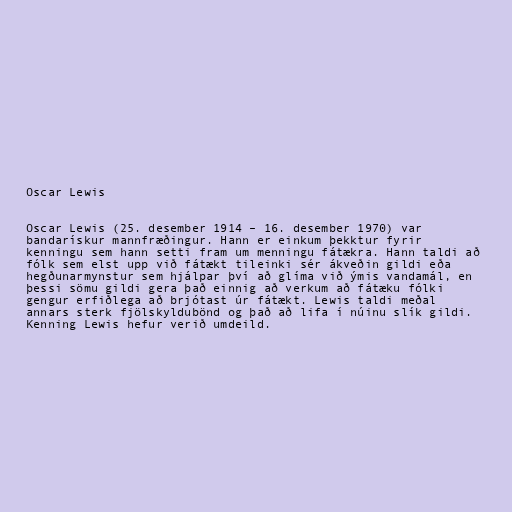
Oscar Lewis

Oscar Lewis (25. desember 1914 – 16. desember 1970) var
bandarískur mannfræðingur. Hann er einkum þekktur fyrir
kenningu sem hann setti fram um menningu fátækra. Hann taldi að
fólk sem elst upp við fátækt tileinki sér ákveðin gildi eða
hegðunarmynstur sem hjálpar því að glíma við ýmis vandamál, en
þessi sömu gildi gera það einnig að verkum að fátæku fólki
gengur erfiðlega að brjótast úr fátækt. Lewis taldi meðal
annars sterk fjölskyldubönd og það að lifa í núinu slík gildi.
Kenning Lewis hefur verið umdeild.